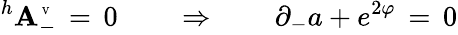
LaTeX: ^h\mathbf{A}_{-}^{\mathrm{{\tiny~V}}}\, =\, 0\qquad\Rightarrow\qquad\partial_{-}a+e^{2\varphi}\, =\, 0